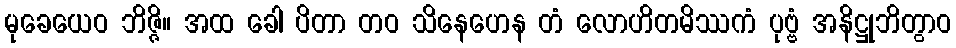
မုခေယေဝ ဘိဇ္ဇိ။ အထ ခေါ ပိတာ တဝ သိနေဟေန တံ လောဟိတမိဿကံ ပုဗ္ဗံ အနိဋ္ဌုဘိတွာဝ